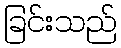
ခြင်းသည်